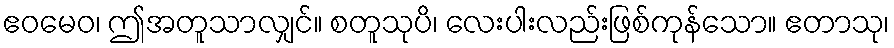
ဧဝမေဝ၊ ဤအတူသာလျှင်။ စတူသုပိ၊ လေးပါးလည်းဖြစ်ကုန်သော။ ဧတာသု၊